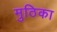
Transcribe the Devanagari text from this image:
मुठिका